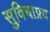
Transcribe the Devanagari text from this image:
सुविधाप्रद